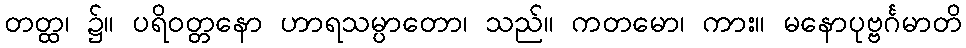
တတ္ထ၊ ၌။ ပရိဝတ္တနော ဟာရသမ္ပာတော၊ သည်။ ကတမော၊ ကား။ မနောပုဗ္ဗင်္ဂမာတိ